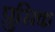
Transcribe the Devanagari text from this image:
प्रुसिक